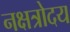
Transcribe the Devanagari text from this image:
नक्षत्रोदय